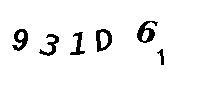
931D61